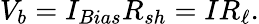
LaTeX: V_{b}=I_{Bias}R_{sh}=IR_{\ell}.